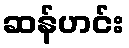
ဆန်ဟင်း